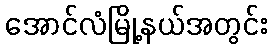
အောင်လံမြို့နယ်အတွင်း